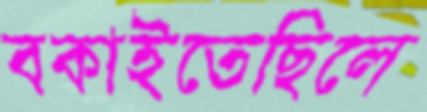
বকাইতেছিলে